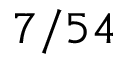
7 / 5 4